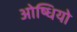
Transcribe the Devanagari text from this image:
ओष्धियो